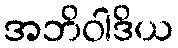
အဘိဝါဒိယ